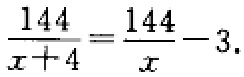
$\frac{144}{x + 4}=\frac{144}{x}-3.$